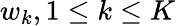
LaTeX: w_{k},1\le k\le K